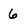
Character: 6